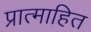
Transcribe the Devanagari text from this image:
प्रात्माहित